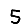
Digit: 5